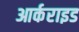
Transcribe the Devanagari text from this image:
आर्कराइड